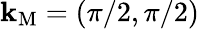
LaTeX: \mathbf{k}_{\mathrm{M}}={(\pi/2,\pi/2)}